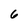
Character: 6